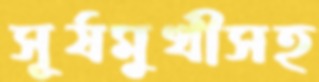
সূর্যমুখীসহ